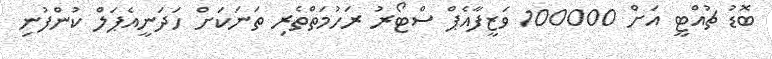
ބޮޑު ޗުއްޓީ އަށް 100000 ވަޒީފާއެޕް ސްޓޯރު ރަހުމަތްތެރި ތަނަކަށް ހަދަނީއެޕަލް ކުންފުނި